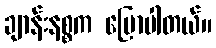
ချာန်းနစ္စက ပြောပါတယ်။